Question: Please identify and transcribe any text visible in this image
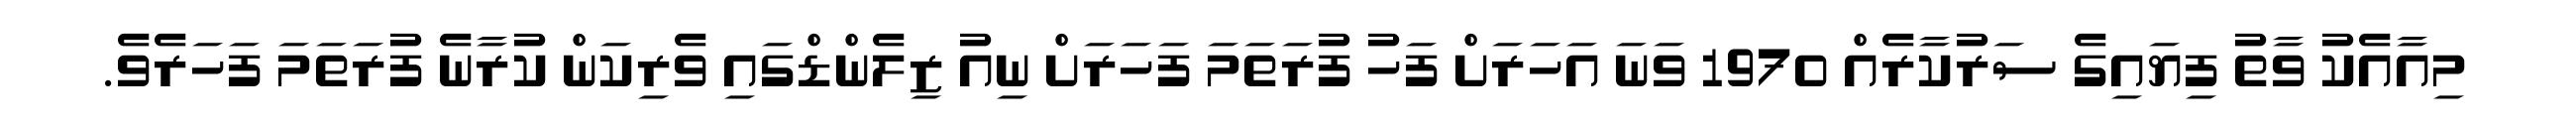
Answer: މިއާއެކު ވާތު ފިޔައިގެ ސަރުކާރެއް 1970 ވަނަ އަހަރަށް ފަހު ފުރަތަމަ ފަހަރަށް ނިއު ޒިލެންޑްގައި ވެރިކަން ކުރާނެ ފުރަތަމަ ފަހަރެވެ.